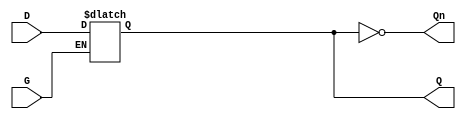
module async_gated_latch (
    input wire D,      // Data input
    input wire G,      // Gate control signal
    output reg Q,      // Output
    output wire Qn     // Inverted output
);

// Inverted output
assign Qn = ~Q;

// Always block to model the latch behavior
always @(*) begin
    if (G) begin
        Q = D;  // Capture the value of D when G is high
    end else begin
        Q = Q;  // Hold the current value of Q when G is low
    end
end

endmodule